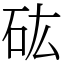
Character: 𥐪